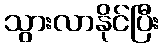
သွားလာနိုင်ပြီး